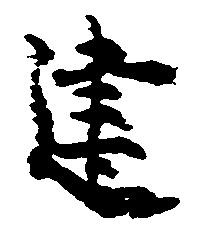
建